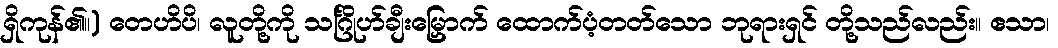
ရှိကုန်၏။) တေဟိပိ၊ လူတို့ကို သင်္ဂြိုဟ်ချီးမြှောက် ထောက်ပံ့တတ်သော ဘုရားရှင် တို့သည်လည်း။ ဧသာ၊